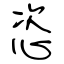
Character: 恣